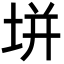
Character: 垪